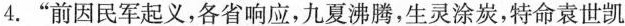
4.“前因民军起义，各省响应，九夏沸腾，生灵涂炭，特命袁世凯